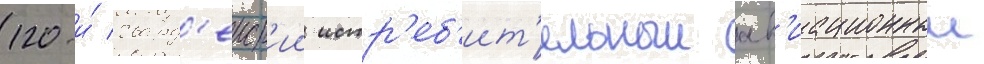
120-и́ гвард'еиск'ии истр'еб'ит'ельныи ав'иационныи